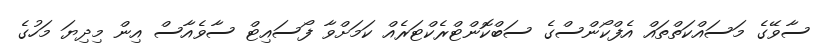
ސާވޭގެ މަސައްކަތްތައް އެފްކޯންސްގެ ސަބްކޮންޓްރެކްޓަރެއް ކަމަށްވާ ފޯސައިޓް ސާވެއާސް އިން މިދިޔަ މަހުގެ